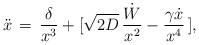
LaTeX: \begin{align*}\ddot{x}\,=\,\frac{\delta}{x^3}+[\sqrt{2D}\,\frac{\dot{W}}{x^2}-\frac{\gamma\dot{x}}{x^4}\,],\end{align*}